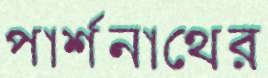
পার্শ্বনাথের